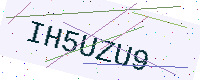
Text: IH5UZU9